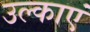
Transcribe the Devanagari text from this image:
उल्काएं